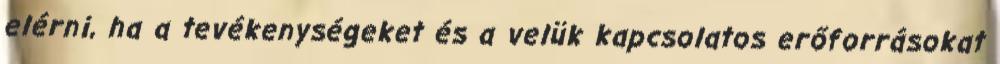
elérni, ha a tevékenységeket és a velük kapcsolatos erőforrásokat